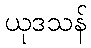
ယုဒသန်